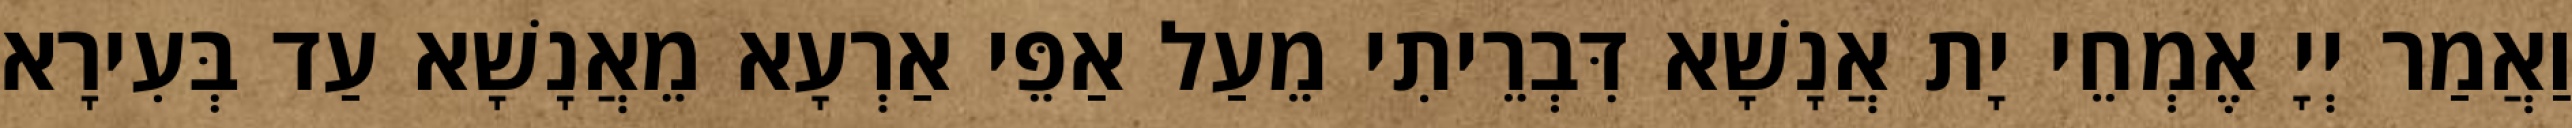
וַאֲמַר יְיָ אֶמְחֵי יָת אֲנָשָׁא דִּבְרֵיתִי מֵעַל אַפֵּי אַרְעָא מֵאֲנָשָׁא עַד בְּעִירָא